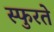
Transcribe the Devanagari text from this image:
स्फुरते